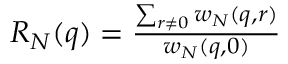
\begin{array} { r } { R _ { N } ( q ) = \frac { \sum _ { r \neq 0 } w _ { N } ( q , r ) } { w _ { N } ( q , 0 ) } } \end{array}